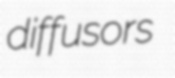
diffusors